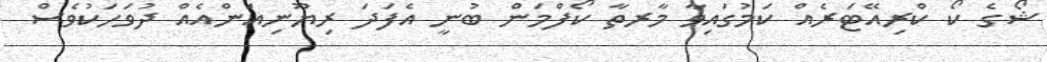
ޝޯގެ ކޯ ކްރިއޭޓަރެއް ކަމުގައިވާ މާރތާ ކޯފްމަން ބުނީ އެފަދަ ރިޔޫނިއަންއެއް ދުވަހަކުވެސް